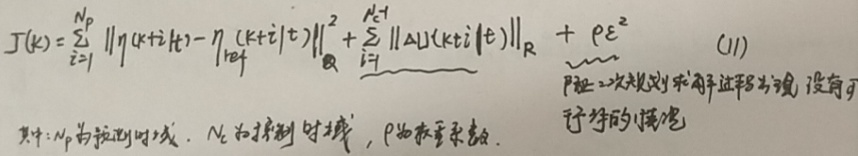
\[J(k)=\sum_{i = 1}^{N_{\mathrm{p}}}\left\|\boldsymbol{\eta}(k + i|t)-\boldsymbol{\eta}_{\mathrm{ref}}(k + i|t)\right\|_{\boldsymbol{Q}}^{2}+\sum_{i = 1}^{N_{\mathrm{c}} - 1}\|\Delta\boldsymbol{u}(k + i|t)\|_{\boldsymbol{R}}+\underbrace{\rho\varepsilon^{2}}_{\text{保证二次规划求解过程中 }\boldsymbol{H}\text{ 没有可赋予的负偏差}} \quad(11)\]

其中：\(N_{\mathrm{p}}\)为预测时域，\(N_{\mathrm{c}}\)为控制时域，\(\rho\)为权重系数。